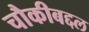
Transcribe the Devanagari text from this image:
चौकीबद्दल